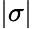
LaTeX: |\sigma|